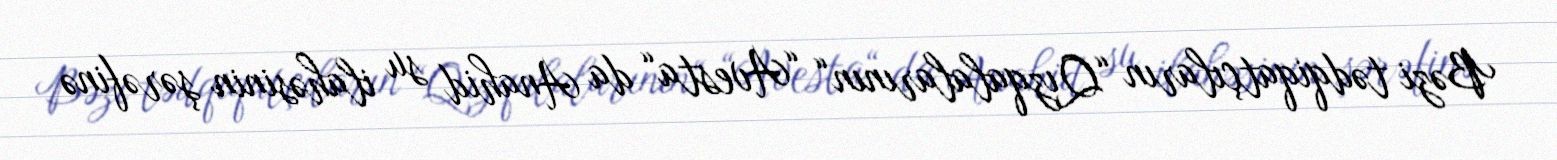
Bəzi tədqiqatçıların “Qızqalalarının“ “Avesta“ da Anahid su ilahəsinin şərəfinə